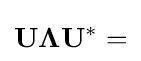
\mathbf {U} \mathbf {\Lambda } \mathbf {U} ^{*}=